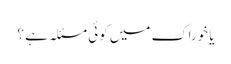
یا خوراک میں کوئی مسئلہ ہے ؟